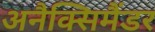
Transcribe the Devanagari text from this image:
अनैक्सिमैंडर